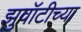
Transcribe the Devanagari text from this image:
झुवॉटीच्या